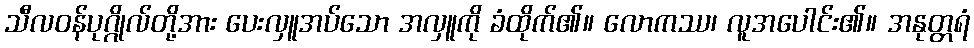
သီလဝန်ပုဂ္ဂိုလ်တို့အား ပေးလှူအပ်သော အလှူကို ခံထိုက်၏။ လောကဿ၊ လူအပေါင်း၏။ အနုတ္တရံ